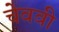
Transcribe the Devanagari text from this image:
चेववी